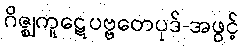
ဂိဇ္ဈကူဋေပဗ္ဗတေပုဒ်-အဖွင့်